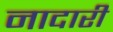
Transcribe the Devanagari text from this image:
नादारी